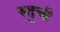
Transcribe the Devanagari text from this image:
रुतुची